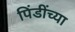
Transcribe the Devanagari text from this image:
पिंडींच्या